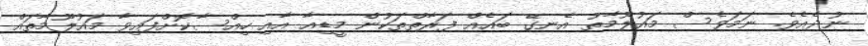
ނުދެއެވެ. ނަމަވެސް މައުލޫމާތު އެނގޭ ބައެއް ފަރާތްތަކުން މީޑިއާ އާއި ހިއްސާކޮށްފައިވާ މައުލޫމާތައް